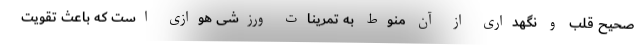
صحیح قلب و نگهداری از آن منوط به تمرینات ورزشی هوازی است که باعث تقویت